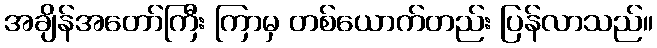
အချိန်အတော်ကြီး ကြာမှ တစ်ယောက်တည်း ပြန်လာသည်။